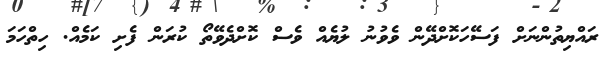
ރައްޔިތުންނަށް ފަސޭހަކޮށްދޭން ވެވުނު ލުޔެއް ވެސް ކޮށްދެވޭތޯ ކުރަން ފެށި ކަމެއް. ހިތްހަމަ